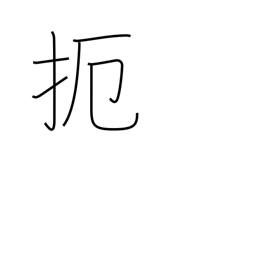
Meaning: prevent